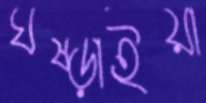
ঘষ্‌ড়াইয়া